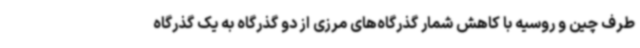
طرف چین و روسیه با کاهش شمار گذرگاه‌های مرزی از دو گذرگاه به یک گذرگاه